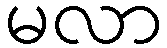
မလာ